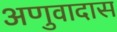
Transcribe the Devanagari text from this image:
अणुवादास